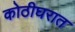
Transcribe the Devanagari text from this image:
कोठीघरात